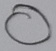
Text: O